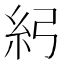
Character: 𥾏